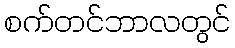
စက်တင်ဘာလတွင်